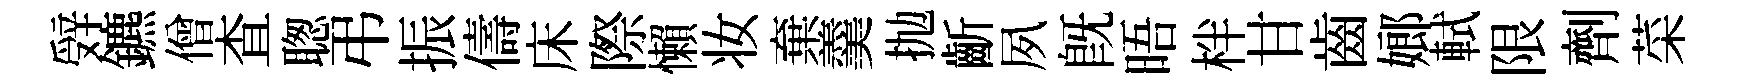
辤鑣僧查聦弔振儔床際懶妆棄羹抛齗夙既晤柈甘齒嫏軾限劑菜